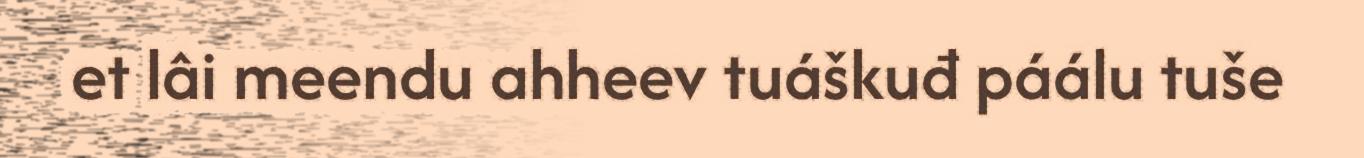
et lâi meendu ahheev tuáškuđ páálu tuše